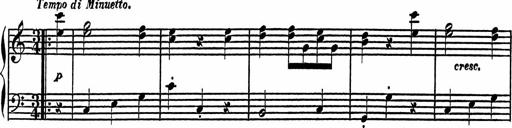
Title: 4 Piano Sonatinas
Composer: Adam Geibel